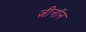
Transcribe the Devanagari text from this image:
ज़ीनॉन